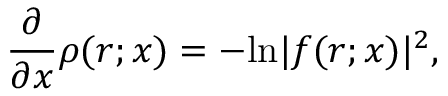
\frac { \partial } { \partial x } \rho ( r ; x ) = - \mathrm { l n } | f ( r ; x ) | ^ { 2 } ,